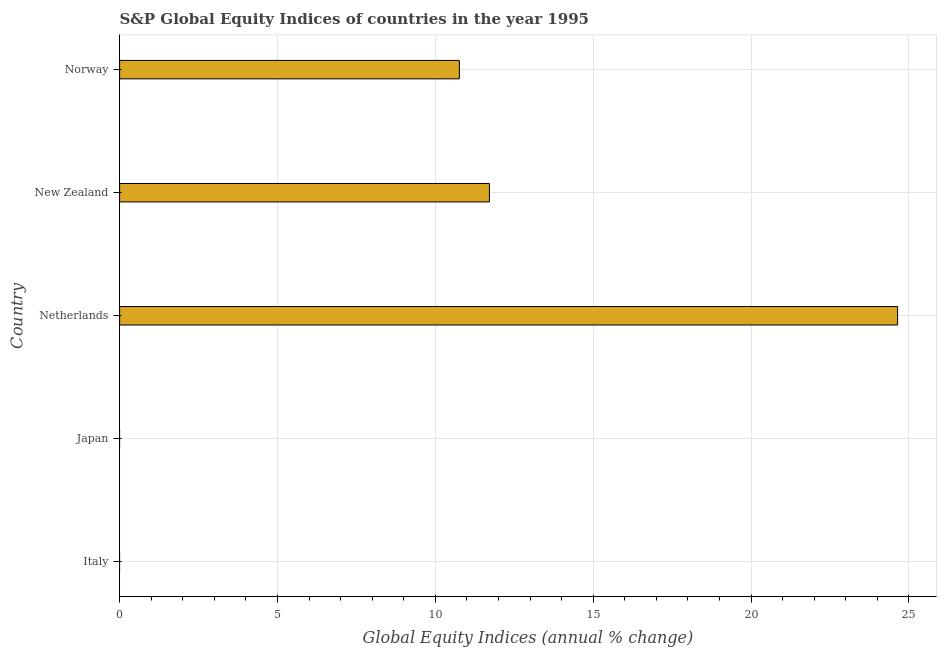
| Country | S&P Global Equity Indices |
 | --- | --- |
 | Italy | -3.95 |
 | Japan | -3.1 |
 | Netherlands | 24.6 |
 | New Zealand | 11.7 |
 | Norway | 10.8 |